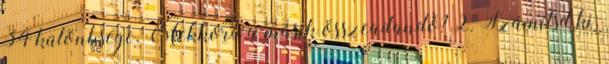
34 különbsége. Mekkora a másik összeadandó? 2. Számítsd ki: